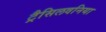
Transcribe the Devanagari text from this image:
ट्रैसिलवनिया